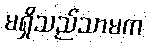
မရှိသည်သာမက